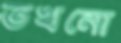
তখনো